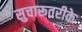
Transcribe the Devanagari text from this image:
सुचारूतरीके